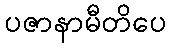
ပဇာနာမီတိပေ